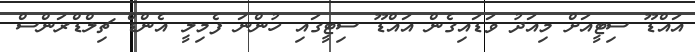
އައްޑޫ ސިޓީއަށް މިއަދު ވަޑައިގެން އައްޑޫ ސިޓީގައި ހުންނަ ފެމިލީ އެންޑް ޗިލްޑްރަންސް